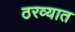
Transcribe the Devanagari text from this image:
ठरव्यात